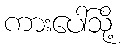
ကားပေါ်သို့